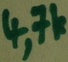
Text: 4,7k